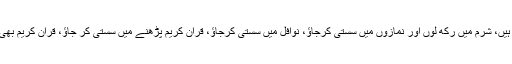
یا اگر روزے رکھ لوگے اس لئے کہ گھر میں سب رکھ رہے ہیں، شرم میں رکھ لوں اور نمازوں میں سستی کرجاؤ، نوافل میں سستی کرجاؤ، قرآن کریم پڑھنے میں سستی کر جاؤ، قرآن کریم بھی رمضان میں ہرایک کو کم از کم ایک دور مکمل کرنا چاہئے۔